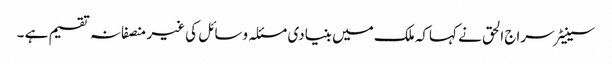
سینیٹر سراج الحق نے کہاکہ ملک میں بنیادی مسئلہ وسائل کی غیر منصفانہ تقسیم ہے ۔